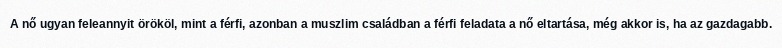
A nő ugyan feleannyit örököl, mint a férfi, azonban a muszlim családban a férfi feladata a nő eltartása, még akkor is, ha az gazdagabb.